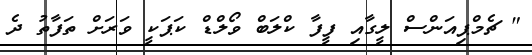
" ޗެމްޕިއަންސް ލީގާއި ފީފާ ކްލަބް ވޯލްޑް ކަޕަކީ ވަރަށް ތަފާތު ދެ